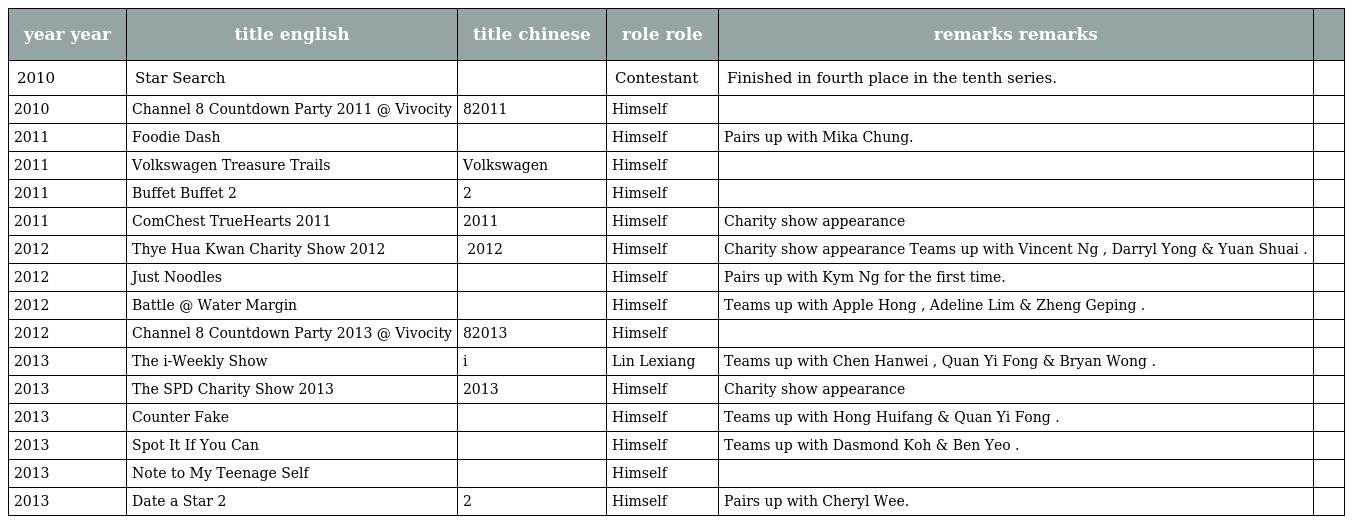
| year year | title english | title chinese | role role | remarks remarks |  |
 | --- | --- | --- | --- | --- | --- |
 | 2010 | Star Search | 才华横溢出新秀 | Contestant | Finished in fourth place in the tenth series. |  |
 | 2010 | Channel 8 Countdown Party 2011 @ Vivocity | 8频道跨年派对2011 | Himself |  |  |
 | 2011 | Foodie Dash | 食品大赢家 | Himself | Pairs up with Mika Chung. |  |
 | 2011 | Volkswagen Treasure Trails | Volkswagen 寻宝乐 | Himself |  |  |
 | 2011 | Buffet Buffet 2 | 永远吃不肥2 | Himself |  |  |
 | 2011 | ComChest TrueHearts 2011 | 公益献爱心2011 | Himself | Charity show appearance |  |
 | 2012 | Thye Hua Kwan Charity Show 2012 | 太和观 一心一德为善乐2012 | Himself | Charity show appearance Teams up with Vincent Ng , Darryl Yong & Yuan Shuai . |  |
 | 2012 | Just Noodles | 面对面 | Himself | Pairs up with Kym Ng for the first time. |  |
 | 2012 | Battle @ Water Margin | 我爱水浒转 | Himself | Teams up with Apple Hong , Adeline Lim & Zheng Geping . |  |
 | 2012 | Channel 8 Countdown Party 2013 @ Vivocity | 8频道跨年派对2013 | Himself |  |  |
 | 2013 | The i-Weekly Show | i不释手 | Lin Lexiang 林乐祥 | Teams up with Chen Hanwei , Quan Yi Fong & Bryan Wong . |  |
 | 2013 | The SPD Charity Show 2013 | 真情无障爱2013 | Himself | Charity show appearance |  |
 | 2013 | Counter Fake | 识货衙门 | Himself | Teams up with Hong Huifang & Quan Yi Fong . |  |
 | 2013 | Spot It If You Can | 哪里不一样？ | Himself | Teams up with Dasmond Koh & Ben Yeo . |  |
 | 2013 | Note to My Teenage Self | 致昨日的我 | Himself |  |  |
 | 2013 | Date a Star 2 | 我和偶像有个约会2 | Himself | Pairs up with Cheryl Wee. |  |